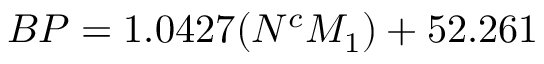
B P = 1 . 0 4 2 7 ( N ^ { c } M _ { 1 } ) + 5 2 . 2 6 1